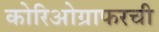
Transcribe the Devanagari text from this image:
कोरिओग्राफरची